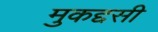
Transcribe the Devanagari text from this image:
मुकद्दसी